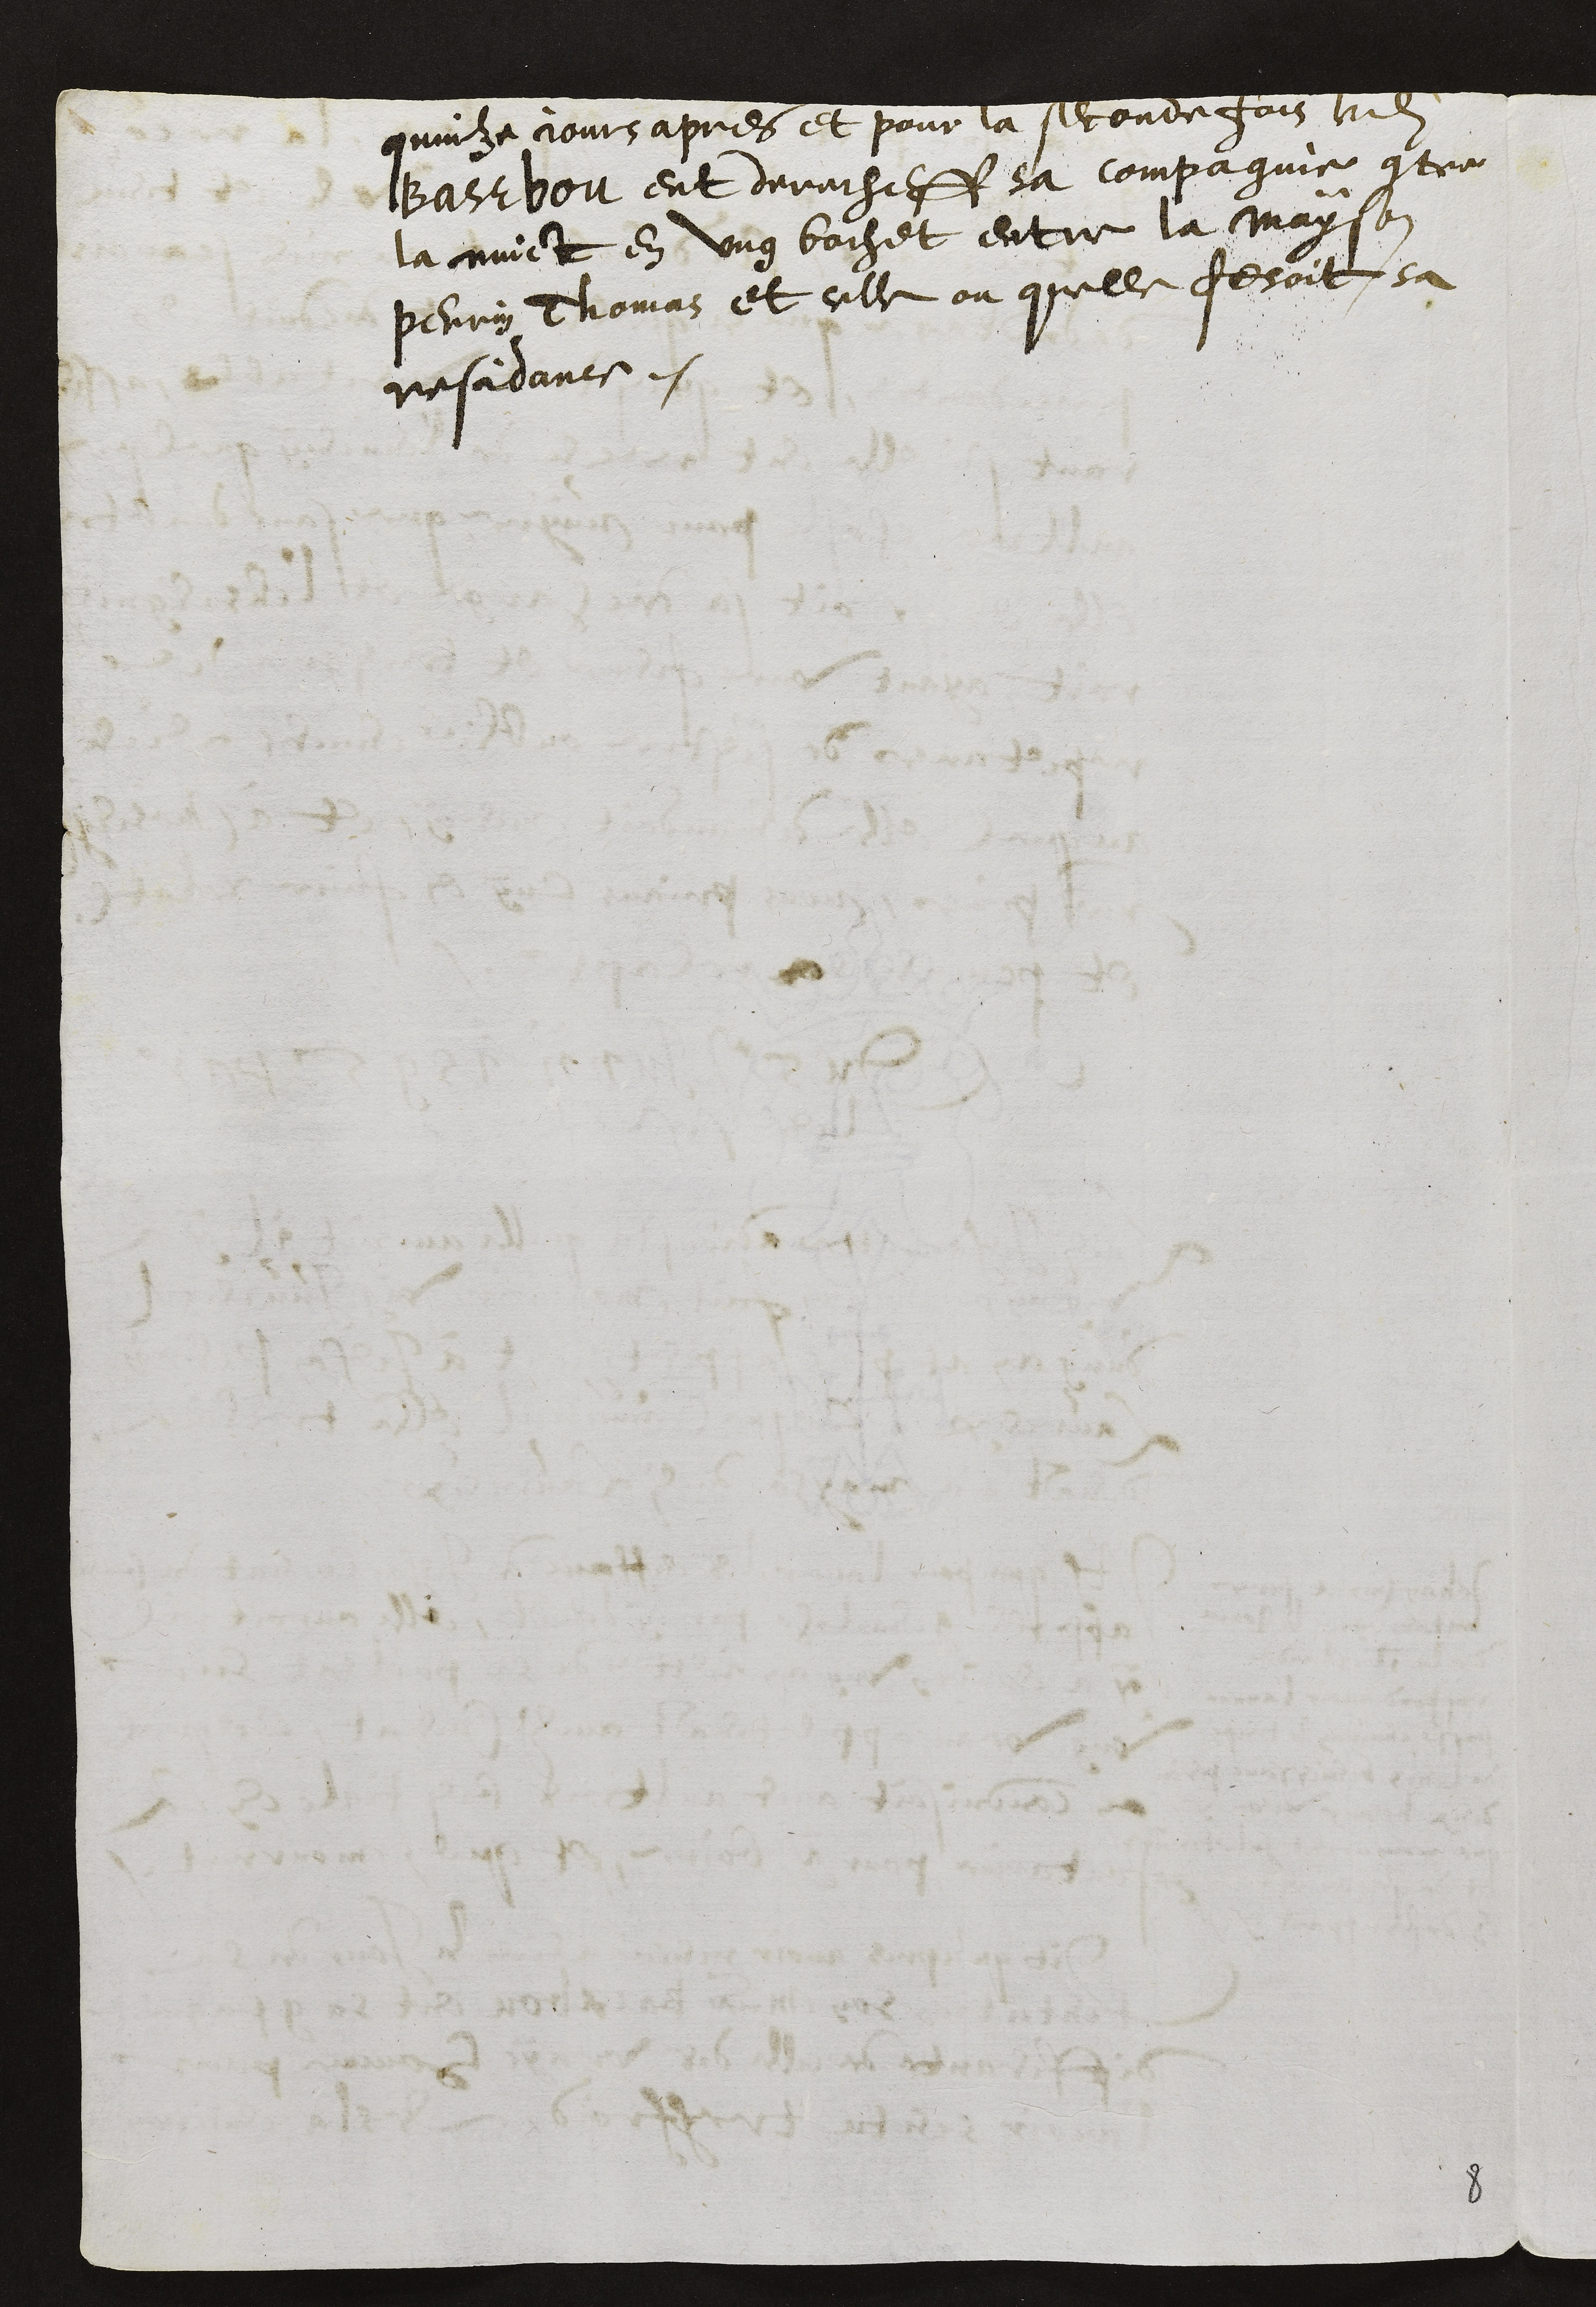
quinze jours apres et pour la seconde fois ledit
Basebou eut derecheff sa compagnie contre
la nuict en ung bochet entre la mayson
perrin Thomas et celle ou quelle fesoit sa
residance.

8